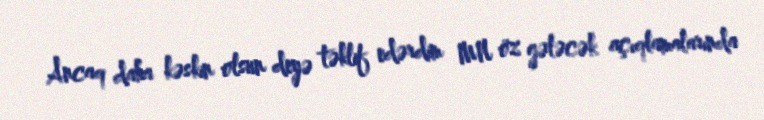
Ancaq daha kəskin olsun deyə təklif edərdim MN öz gələcək açıqlamalarında